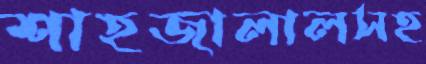
শাহজালালসহ